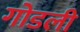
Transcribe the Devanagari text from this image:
गोडली